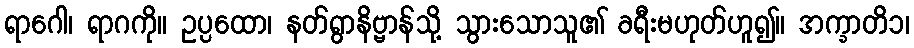
ရာဂေါ၊ ရာဂကို။ ဥပ္ပထော၊ နတ်ရွာနိဗ္ဗာန်သို့ သွားသောသူ၏ ခရီးမဟုတ်ဟူ၍။ အက္ခာတိ၁၊